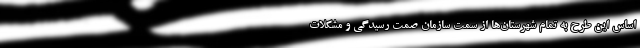
اساس این طرح به تمام شهرستان‌ها از سمت سازمان صمت رسیدگی و مشکلات